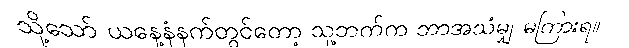
သို့သော် ယနေ့နံနက်တွင်တော့ သူ့ဘက်က ဘာအသံမျှ မကြားရ။